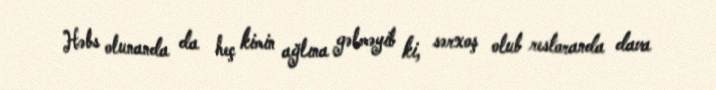
Həbs olunanda da heç kimin ağlına gəlməyib ki, sərxoş olub restoranda dava